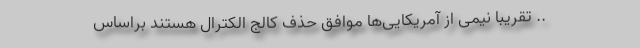
.. تقریبا نیمی از آمریکایی‌ها موافق حذف کالج الکترال هستند براساس